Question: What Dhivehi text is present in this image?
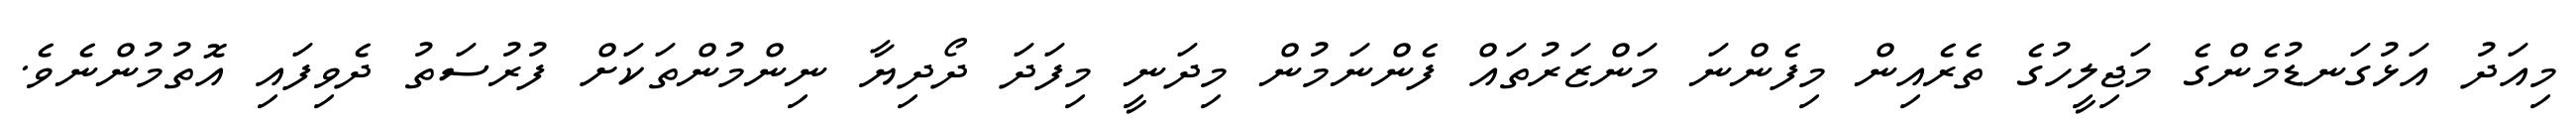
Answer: މިއަދު އަޅުގަނޑުމެންގެ މަޖިލީހުގެ ތެރެއިން މިފެންނަ މަންޒަރުތައް ފެންނަމުން މިދަނީ މިފަދަ ދޯދިޔާ ނިންމުންތަކަށް ފުރުސަތު ދެވިފައި އޮތުމުންނެވެ.